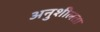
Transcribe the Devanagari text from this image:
अनुशीलता